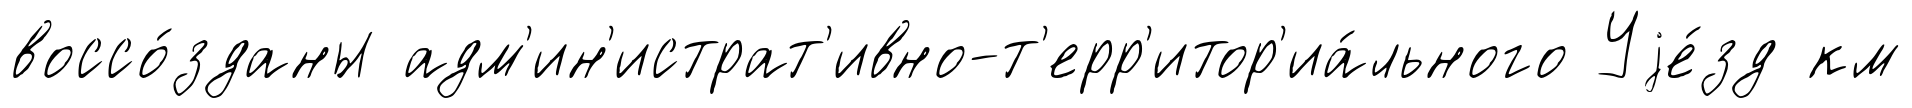
воссо́зданы адм'ин'истрат'ивно-т'ерр'итор'иа́льного Уjе́зд км